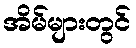
အိမ်များတွင်